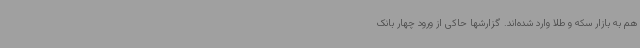
هم به بازار سکه و طلا وارد شده‌اند. گزارشها حاکی از ورود چهار بانک